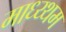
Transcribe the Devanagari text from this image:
माध्य्थम